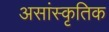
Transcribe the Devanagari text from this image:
असांस्कृतिक